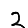
Digit: 2